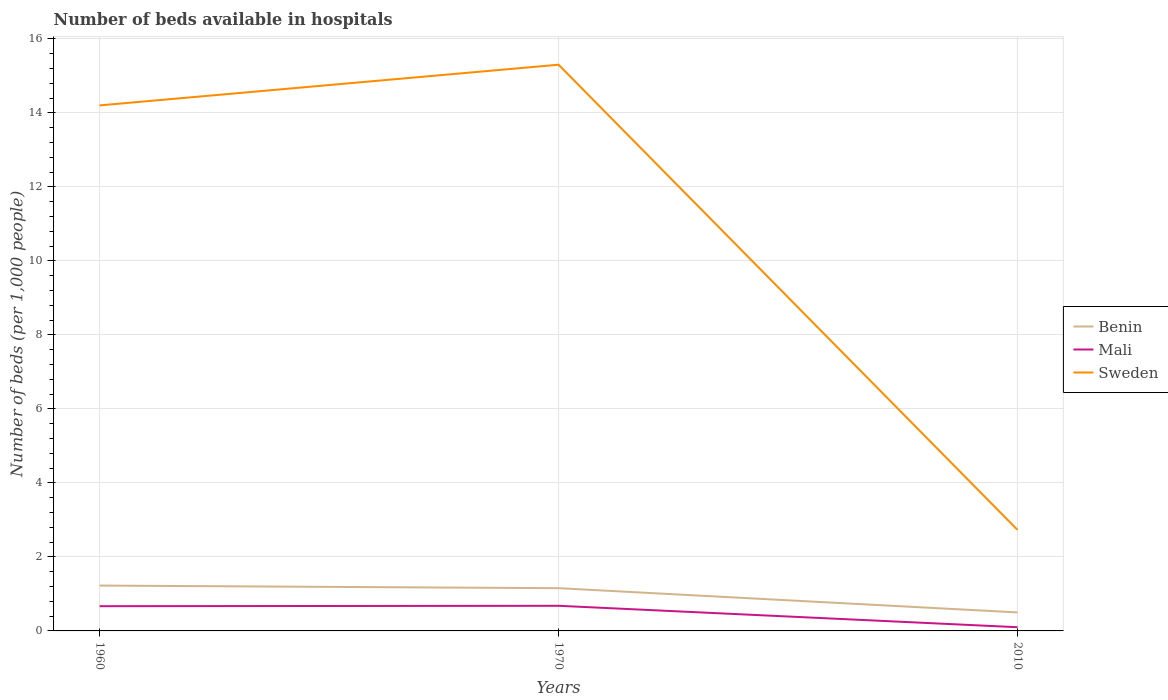
| Years | Benin | Mali | Sweden |
 | --- | --- | --- | --- |
 | 1960 | 1.23 | 0.669 | 14.2 |
 | 1970 | 1.15 | 0.679 | 15.3 |
 | 2010 | 0.5 | 0.1 | 2.73 |